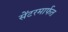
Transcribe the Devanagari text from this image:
सेंटरमार्फत